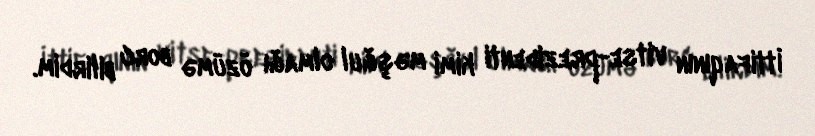
İttifaqının vitse-prezidenti kimi məşğul olmağı özümə borc bilirdim.